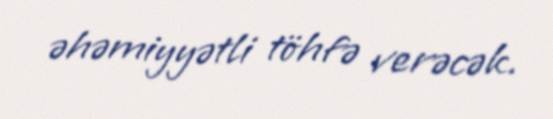
əhəmiyyətli töhfə verəcək.